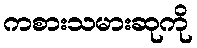
ကစားသမားဆုကို